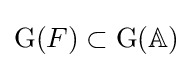
\mathrm {G} (F)\subset \mathrm {G} (\mathbb {A} )